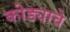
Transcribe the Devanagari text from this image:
कोड्याचे